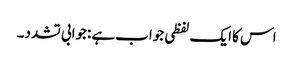
اس کا ایک لفظی جواب ہے:جوابی تشدد۔